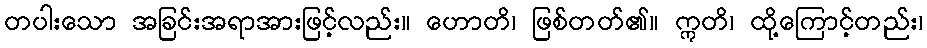
တပါးသော အခြင်းအရာအားဖြင့်လည်း။ ဟောတိ၊ ဖြစ်တတ်၏။ ဣတိ၊ ထို့ကြောင့်တည်း၊